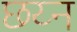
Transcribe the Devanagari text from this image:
छय्न